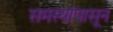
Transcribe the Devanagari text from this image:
समस्यांपासून